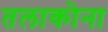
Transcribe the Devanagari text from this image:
तलाकोना